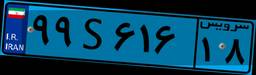
۷۲S۴۹۷۴۰